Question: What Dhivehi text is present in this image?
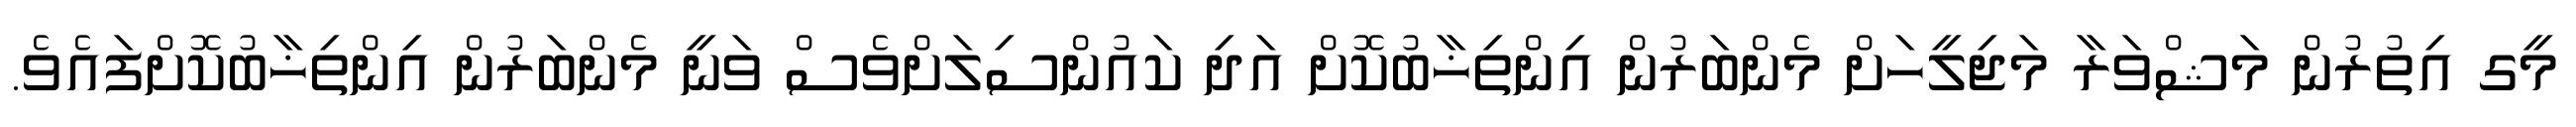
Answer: މީގ އިތުރުން މަޝްވަރާ މަޖިލީހަށް މެންބަރުން އިންތިޚާބުކޮށް އަދި ކައުންސިލަށްވެސް ވަނީ މެންބަރުން އިންތިޚާބުކޮށްފައެވެ.